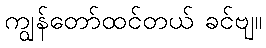
ကျွန်တော်ထင်တယ် ခင်ဗျ။